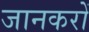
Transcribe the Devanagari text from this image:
जानकरों